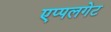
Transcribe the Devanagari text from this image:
एप्पलगेट